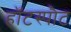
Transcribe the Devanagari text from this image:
हॉटस्‍पौट